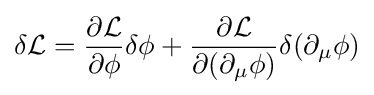
\delta {\mathcal {L}}={\frac {\partial {\mathcal {L}}}{\partial \phi }}\delta \phi +{\frac {\partial {\mathcal {L}}}{\partial (\partial _{\mu }\phi )}}\delta (\partial _{\mu }\phi )